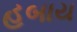
હબાય